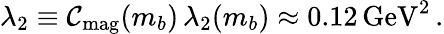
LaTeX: \lambda_{2}\equiv\mathcal{C}_{\mathrm{{mag}}}(m_{b})\, \lambda_{2}(m_{b})\approx0.12\, \mathrm{{GeV}}^{2}\, .